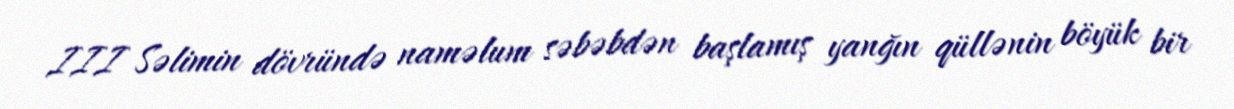
III Səlimin dövründə naməlum səbəbdən başlamış yanğın qüllənin böyük bir